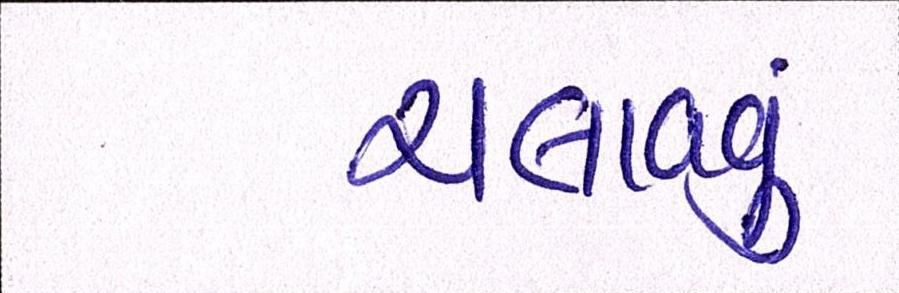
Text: ચલાવવું